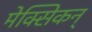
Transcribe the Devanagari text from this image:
मेक्सिकन्